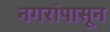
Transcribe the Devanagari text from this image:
नगरांपासून